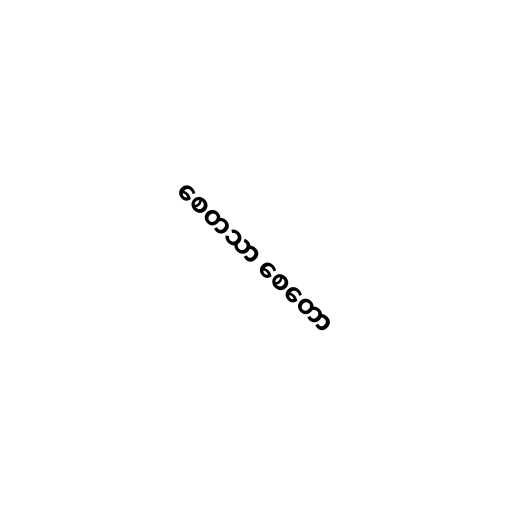
စေတသာ စေတော